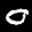
Label: 0